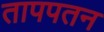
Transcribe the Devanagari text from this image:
तापपतन